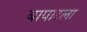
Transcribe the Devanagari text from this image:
बापाटला